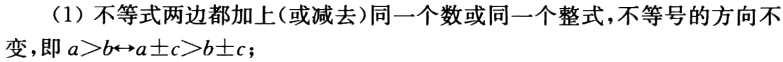
（1）不等式两边都加上（或减去）同一个数或同一个整式，不等号的方向不变，即\(a > b\leftrightarrow a\pm c > b\pm c\)；